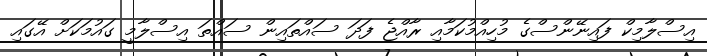
އިސްލާމިކް ފައިނޭންސްގެ މުހިއްމުކަމާއި ރާއްޖެ ފަދަ ސައްތައިން ސައްތަ އިސްލާމީ ގައުމަކަށް އޭގައި